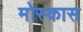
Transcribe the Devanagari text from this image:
मोस्कास